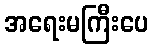
အရေးမကြီးပေ